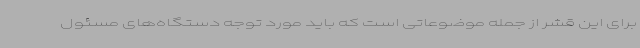
برای این قشر از جمله موضوعاتی است که باید مورد توجه دستگاه‌های مسئول